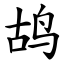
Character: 鸪